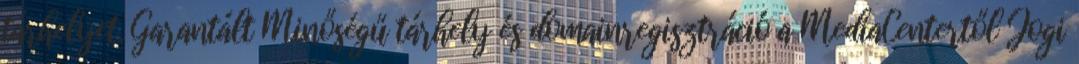
tárhelyet. Garantált Minőségű tárhely és domainregisztráció a MediaCentertől Jogi